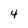
Character: 4